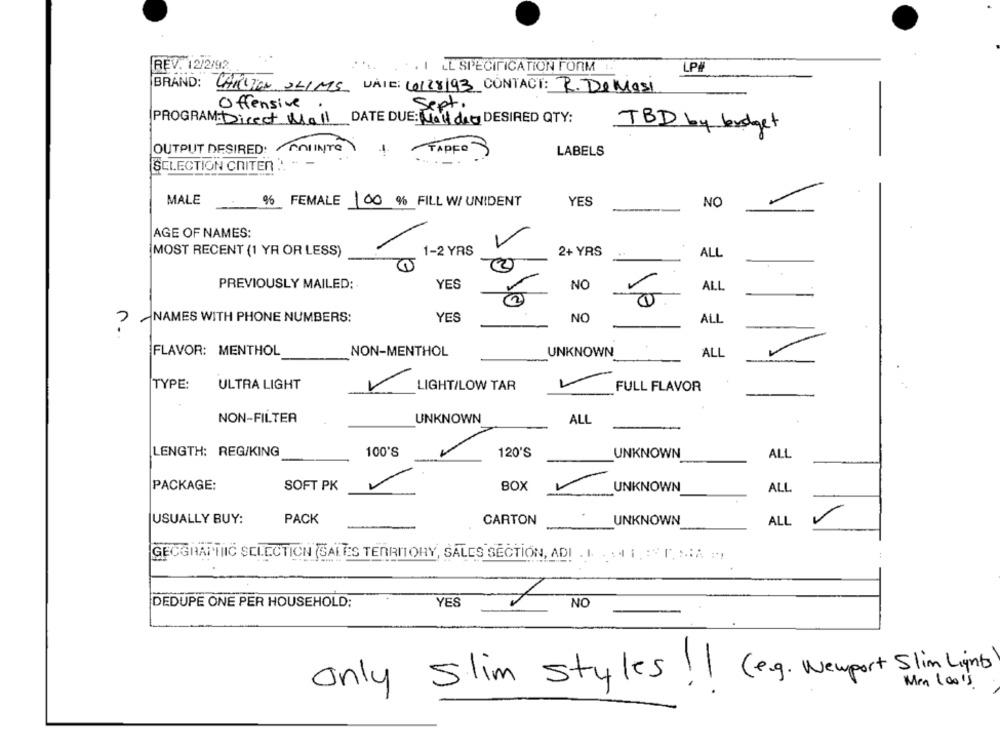
REV. 12/2/92
LP
. . I LL SPECIFICATION FORM
BRAND: CARLTON SLIMS DATE: 20128193 CONTACT: R. De Masi
Offensive
Sept.
PROGRAM: Direct Mall DATE DUE: Hall dia DESIRED QTY:
TBD by beveget
OUTPUT DESIRED: MIINTO
TAPER
....
LABELS
SELECTION CRITER , - -
MALE
% FEMALE 100% FILL W/ UNIDENT
YES
NO
AGE OF NAMES:
MOST RECENT (1 YR OR LESS)
1-2 YRS
2+ YRS
ALL
PREVIOUSLY MAILED:
YES
NO
ALL
NAMES WITH PHONE NUMBERS:
YES
NO
ALL
FLAVOR: MENTHOL
NON-MENTHOL
ALL
UNKNOWN
TYPE:
ULTRA LIGHT
LIGHT/LOW TAR
FULL FLAVOR
NON-FILTER
UNKNOWN
ALL
LENGTH: REG/KING
100'S
120'S
UNKNOWN
ALL
PACKAGE:
SOFT PK
BOX
UNKNOWN
ALL
USUALLY BUY:
PACK
CARTON
UNKNOWN
ALL
:
GECGRATTIIC SELECTION (SALES TERRITORY, SALES SECTION, ADI . I. .. 4 1 . 5 0, MA
DEDUPE ONE PER HOUSEHOLD:
YES
1 NO
Only Slim styles !! (e.g. Newport Slim Lights
Men loo's.